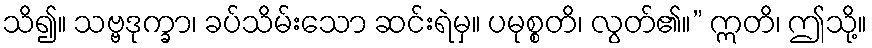
သိ၍။ သဗ္ဗဒုက္ခာ၊ ခပ်သိမ်းသော ဆင်းရဲမှ။ ပမုစ္စတိ၊ လွတ်၏။” ဣတိ၊ ဤသို့။